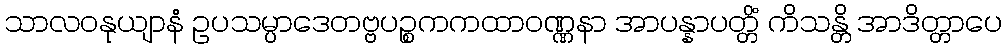
သာလဝနုယျာနံ ဥပသမ္ပာဒေတဗ္ဗပဉ္စကကထာဝဏ္ဏနာ အာပန္နာပတ္တိံ ကိသန္တိ အာဒိတ္တာပေ